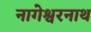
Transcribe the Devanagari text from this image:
नागेश्वरनाथ